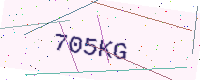
Text: 705KG